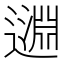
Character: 𨖳